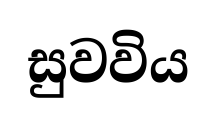
සුවවිය